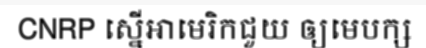
CNRP ស្នើអាមេរិកជួយ ឲ្យមេបក្ស